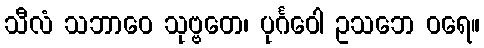
သီလံ သဘာဝေ သုဗ္ဗတေ၊ ပုင်္ဂဝေါ ဥသဘေ ဝရေ။